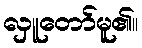
လှူတော်မူ၏။